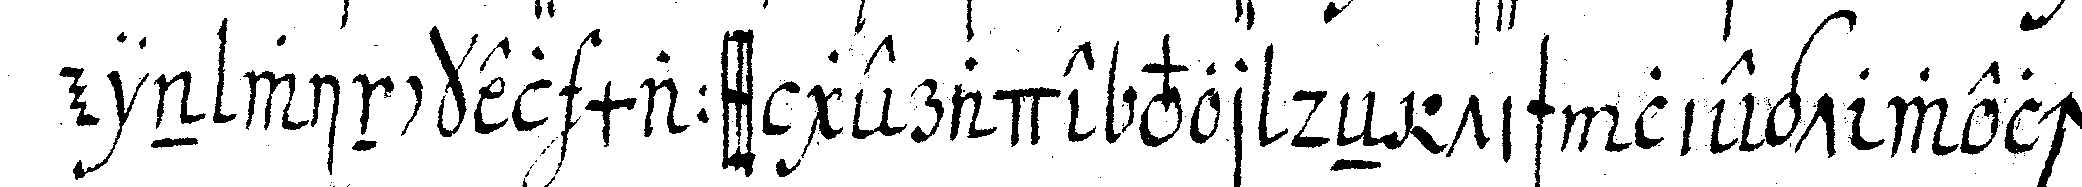
ein winckel maass gerade vor deN tisch liegt welches